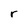
Character: r